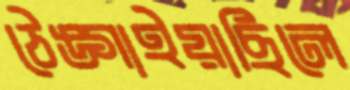
ঠেঙ্গাইয়াছিলে